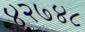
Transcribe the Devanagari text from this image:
४२७४८